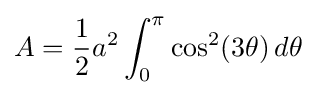
A={\frac {1}{2}}a^{2}\int _{0}^{\pi }\cos ^{2}(3\theta )\,d\theta